Vital statistics of India. Vol. IV, Annual returns from 1871 to 1876. British Army of India, Native Army and jails of Bengal
Year: 1871
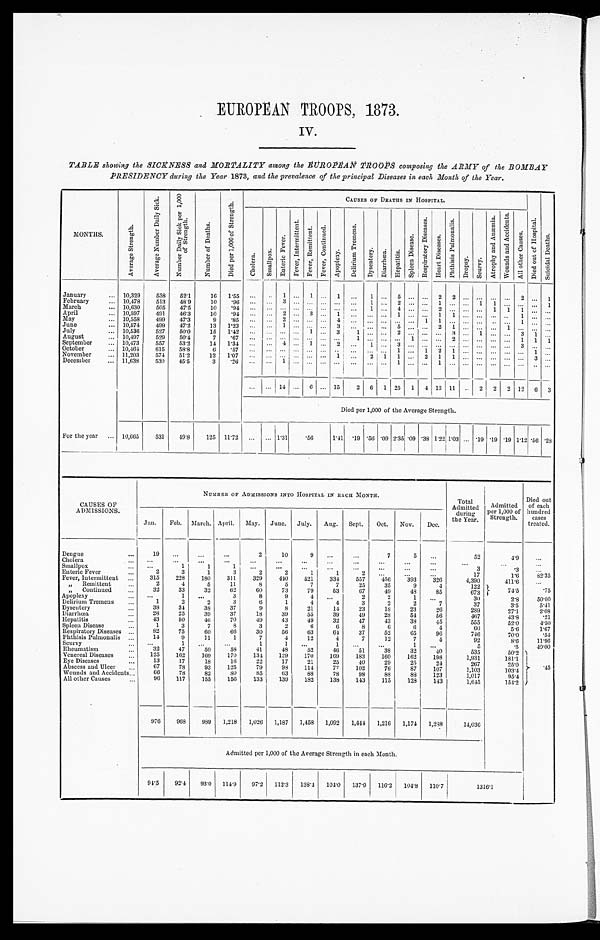
EUROPEAN TROOPS, 1873.
IV.
TABLE showing the SICKNESS and MORTALITY among the EUROPEAN TROOPS composing the ARMY of the BOMBAY
PRESIDENCY during the Year 1873, and the prevalence of the principal Diseases in each Month of the Year.
MONTHS.
A v e r a g e S t r e n g t h .
A v e r a g e N u m b e r D a i l y S i c k .
N u m b e r D a i l y S i c k p e r 1 , 0 0 0 o f S t r e n g t h .
N u m b e r o f D e a t h s .
D i e d p e r 1 , 0 0 0 o f S t r e n g t h .
CAUSES OF DEATHS IN HOSPITAL.
D i e d o u t o f H o s p i t a l .
S u i c i d a l D e a t h s .
Cholera.
Smallpox.
Enteric Fever.
Fever, Intermittent.
F e v e r , R e m i t t e n t .
F e v e r , C o n t i n u e d .
Apoplexy.
Delirium Tremens.
Dysentery.
Diarrhœa.
Hepatitis.
Spleen Disease.
Respiratory
Diseases.
H e a r t D i s e a s e s .
Phthisis
Pulmonalis.
D r o p s y .
Scurvy.
A t r o p h y a n d A n æ m i a .
Wounds
and
Accidents.
All
other
Causes.
January . . . 10,329
538
52.1
16
1.55
. . .
. . .
1
. . .
1
. . .
1
. . .
1
. . .
5
. . .
. . .
2
2
. . .. . .
. . .
. . . 2
. . . 1
February . . . 10,478
513
48.9
10
.96
. . .
. . . 3
. . .
. . .
. . . . . .
. . . 1
. . .
2 . . .
. . .
1
. . .
. . .1
1
. . .
. . .
. . .
1
March . . . 10,630
505
47.5
10
.94
. . .
. . .
. . .
. . .
. . .
. . .
. . . . . . 1
. . .
4 . . .
. . .
2
. . .
. . .. . .
1
1
1
. . .
. . .
April . . . 10,597
491
46.3
10
.94
. . .
. . .
2
. . .
3
. . .
1
. . . . . .
. . .
1 . . .
. . .
1
1
. . .. . .
. . .
. . .
1
. . .
. . .
10,558
4 9 9 47.3
9
. 8 5
. . .
. . .
2
. . .
. . .
. . .
4
. . . . . .
. . .
. . . . . .
1
1
. . .
. . .. . .
. . .
. . .
1
. . .
. . .
May . . .
10,574
499
47.2
13
1.23
. . .
. . .
1
. . .
. . .
. . .
3
. . . . . .
. . .
5 . . .
. . .
2
1
. . . . . .
. . .
1
. . .
. . .
. . .
June . . .
July . . . 10,536
527
50.0
1 5
1 . 4 2
. . .
. . .
. . .
. . .
1
. . .
3 1
. . .
. . .
2 . . .
. . .
. . .
3
. . . 1
. . .
. . . 3
1
. . .
August . . . 10,497
529
50.4
7
.67
. . .
. . .
. . .
. . .
. . .
. . .
. . . 1
. . .
. . .
. . . 1
. . .
. . .
2
. . .. . .
. . .
. . .
1
1
1
10,473
557
53.2
1 4
1 . 3 4
. . .
. . .
4
. . .
1
. . .
2
. . . 1
. . .
3 . . .
. . .
. . .
. . .
. . .. . .
. . .
. . . 3
. . .
. . .
September . . .
October . . . 10,464
615
58.8
6
. 5 7
. . .
. . .
. . .
. . .
. . .
. . .
. . . . . . . . .
. . .
1 . . .
1
2
1
. . .. . .
. . .
. . .
. . .
1
. . .
November . . . 11,203
574
51.2
1 2
1 . 0 7
. . .
. . .
. . .
. . .
. . .
. . .
1
. . . 2
1
1 . . .
2
1
1
. . .. . .
. . .
. . .
. . .
3
. . .
December . . . 11,638
530
45.5
3
. 2 6
. . .
. . .
1
. . .
. . .
. . .
. . . . . . . . .
. . .
1 . . .
. . .
1
. . .
. . .. . .
. . .
. . .
. . .
. . .
. . .
. . .
. . .
14
. . .
6
. . .
1 5
2
6
1 25
1
4 13 11
. . . 2
2
2 12
6
3
Died per 1,000 of the Average Strength.
For the year . . . 10,665
531
49.8
125
11.72
. . .
. . .
1.31
. 5 6 1.41
.19
. 5 6 .09
. 3 8 1.22
1 . 0 3
. . .
1.03
. . . .19 .19 .19 1.12 .56 .28
CAUSES OF
A DMISSIONS.
NUMBER OF ADMISSIONS INTO HOSPITAL IN EACH MONTH.
Total
Admitted d u r i n g
the Year.
Admitted
per 1,000 of
Strength.
Died out
of each
hundred
cases
treated.
Jan.
Feb.
March. April.
May.
June.
July.
Aug.
Sept.
Oct.
Nov.
Dec.
Dengue . . .
19
. . .
. . .
. . .
2
10
9
. . .
. . .
7
5
. . .
52
4.9
. . .
Cholera . . .
. . .
. . .
. . .
. . .
. . .
. . .
. . .
. . .
. . .
. . .
. . .
. . .
. . .
. . .
. . .
Smallpox . . .
. . .
1
1
1
. . .
. . .
. . .
. . .
. . .
. . .
. . .
. . .
3
.3
. . .
2
3
1
3
2
2
1
1
2
. . .
. . .
. . .
17
1.6
82.35
Enteric Fever . . .
315
228
180
311
329
440
521
334
557
456
393
326
4,390
411.6
. . .
Fever, Intermittent . . .
2
4
5
11
8
5
7
7
25
35
9
4
" Remittent . . .
122 7 4 . 5
.75
32
33
32
62
60
73
79
53
67
49
48
85
673
" Continued . . .
Apoplexy . . .
. . .
1
. . .
3
8
9
4
. . .
2
2
1
. . .
30
2.8
50.00
Delirium Tremens . . .
1
2
2
3
6
1
4
4
3
2
2
7
37
3.5
5.41
Dysentery . . .
38
34
38
37
9
8
21
14
23
18
23
26
289
27.1
2.08
28
25
39
37
18
39
55
39
.49
28
54
56
467
43.8
.21
Diarrhœa . . .
43
50
46
70
49
43
49
32
47
43
38
45
555
52.0
4.50
Hepatitis . . .
1
3
7
8
3
2
6
6
8
6
6
4
60
5.6
1.67
Spleen Disease . . .
82
75
60
66
30
56
63
64
37
52
65
96
746
70.0
.54
Respiratory Diseases . . .
14
9
11
1
7
4
12
4
7
12
7
4
92
8.6
11.96
Phthisis Pulmonalis . . .
Scurvy . . .
. . .
1
. . .
. . .
1
1
. . .
1
. . .
. . .
1
. . .
5
.5
40.00
32
47
50
58
41
48
52
46
51
38
32
40
535
50.2 . 4 5
Rheumatism . . .
125
162
169
170
134
129
170
169
183
160
162
193
1,931
181.1
Venereal Diseases . . .
E y e D i s e a s e s . . .
13
17
18
16
22
17
21
25
40
29
25
24
267
25.0
67
78
93
125
79
96
114
77
102
76
87
107
1,103
103.4
Abscess and Ulcer . . .
Wounds and Accidents . . .
66
78
89
8 0
85
63
88
78
98
88
88
123
1,017
95.4
96
117
155
156
133
139
182
138
143
115
128
143
1,645
154.2
All other Causes . . .
976
968
989
1,218
1,026
1,187
1,458
1,092
1,444
1,216
1,174
1,288
14,036
Admitted per 1,000 of the Average Strength in each Month.
94.5
92.4
93.0
114.9
97.2
112.3
138.4
104.0
137.9
116.2
104.8
110.7
1316.1